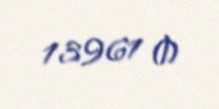
13961 ₼